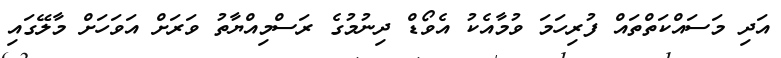
އަދި މަސައްކަތްތައް ފުރިހަމަ ވުމާއެކު އެވޯޑް ދިނުމުގެ ރަސްމިއްޔާތު ވަރަށް އަވަހަށް މާލޭގައި